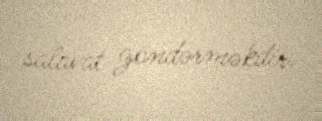
salavat göndərməkdir.